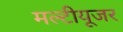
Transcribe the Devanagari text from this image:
मल्टीयूजर